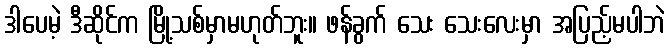
ဒါပေမဲ့ ဒီဆိုင်က မြို့သစ်မှာမဟုတ်ဘူး။ ဖန်ခွက် သေး သေးလေးမှာ အပြည့်မပါဘဲ